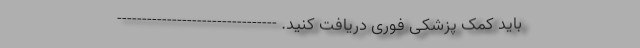
باید کمک پزشکی فوری دریافت کنید. --------------------------------